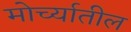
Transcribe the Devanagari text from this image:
मोर्च्यातील